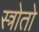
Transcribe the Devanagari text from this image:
स्त्रोतो